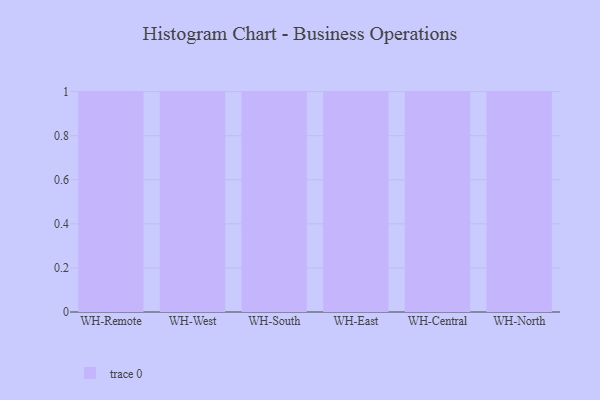
{"axis": {"x": "Warehouse", "y": "Customer Acquisition Cost (USD)"}, "legend": [""], "data": [{"x": "WH-Remote", "y": 38, "type": ""}, {"x": "WH-West", "y": 51, "type": ""}, {"x": "WH-South", "y": 50, "type": ""}, {"x": "WH-East", "y": 68, "type": ""}, {"x": "WH-Central", "y": 95, "type": ""}, {"x": "WH-North", "y": 40, "type": ""}]}